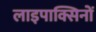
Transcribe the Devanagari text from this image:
लाइपाक्सिनों